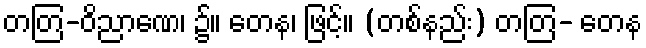
တတြ-ဝိညာဏေ၊ ၌။ တေန၊ ဖြင့်။ (တစ်နည်း) တတြ- တေန